Annual report of the Punjab Veterinary College and of the Civil Veterinary Department, Punjab - 1926-1932
Year: 1926
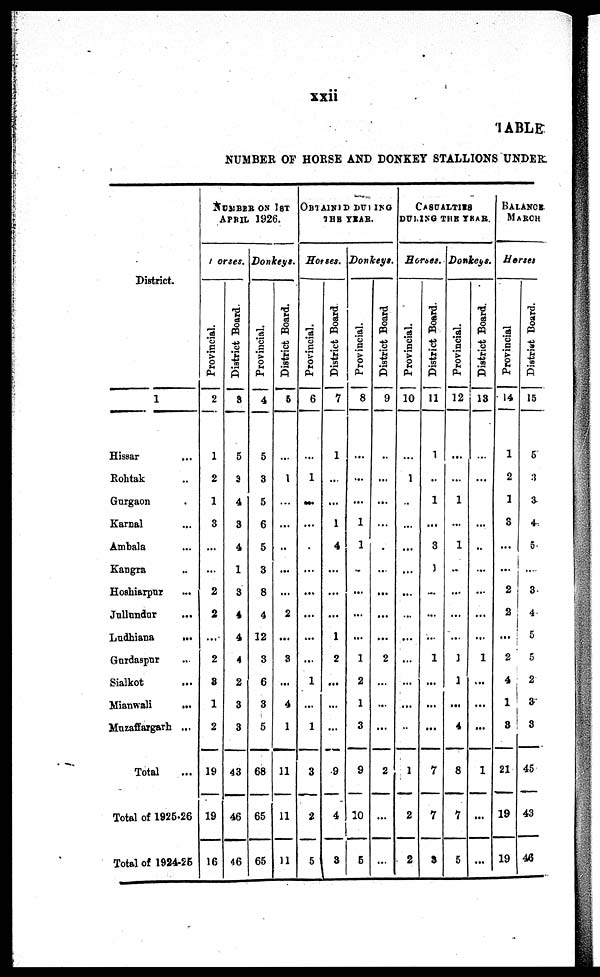
xxii
TABLE
NUMBER OF HORSE AND DONKEY STALLIONS UNDER
District.
1
Hissar ...
Rohtak ...
Gurgaon ...
Karnal ...
Ambala ...
Kangra ...
Hoshiarpur ...
Jullundur ...
Ludhiana
...
Gurdaspur ...
Sialkot ...
Mianwali ...
Muzaffargarh ...
Total
Total of 1925-26
Total of 1924-25
NUMBER ON 1ST
APRIL 1926.
Horses.
Pr ovi nci al .
2
1
2
1
3
...
...
2
2
2
8
1
2
19
19
16
Di st r i ct Boar d.
3
5
3
4
3
4
1
3
4
4
4
2
3
3
43
46
46
Donkeys.
Pr ovi nci al .
4
5
3
5
6
5
3
8
4
12
3
6
3
5
68
65
65
Di st r i ct Board.
5
...
1
...
...
...
...
...
2
...
3
...
4
1
11
11
11
OBTAINED DURING
THE YEAR.
Horses
Pr ovi nci al .
6
...
1
...
...
...
...
...
...
...
1
...
1
3
2
5
Di st r i
ct Boar d
7
1
...
...
1
4
...
...
...
1
2
...
...
...
9
4
3
Donkeys
Provincial.
8
...
...
...
1
1
...
...
...
1
2
1
3
9
10
6
District Boar d
9
...
...
...
...
...
...
...
...
...
2
...
...
...
2
...
...
CASUALTIES
DURING THE YEAR.
Horses.
Pr ovi nci al .
10
...
1
...
...
...
...
...
...
...
...
...
...
...
1
2
2
Di st r i
ct Boar d.
11
1
...
1
...
3
1
...
...
...
1
...
...
...
7
7
3
Donkeys.
Pr ovi nci al .
12
...
...
1
...
1
...
...
...
...
1
1
...
4
8
7
5
District Boar d.
13
...
...
...
..
...
...
...
...
1
...
...
...
1
...
...
BALANCE
MARCH
Horses
Pr ovi nci al
14
1
2
1
3
...
...
2
2
...
2
4
1
3
21
19
19
Di st r i
ct Board.
15
5
3
3
4
5
...
3
4
5
5
2
3
3
45
43
46